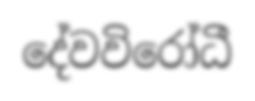
දේවවිරෝධී